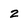
Character: 2